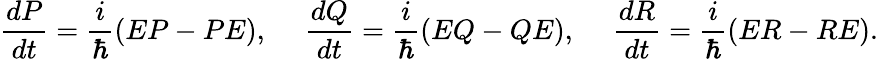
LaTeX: \frac{dP}{dt}=\frac{i}{\hbar}\left(EP-PE\right),\ \ \ \ \ \frac{dQ}{dt}=\frac{i}{\hbar}\left(EQ-QE\right),\ \ \ \ \ \frac{dR}{dt}=\frac{i}{\hbar}\left(ER-RE\right).